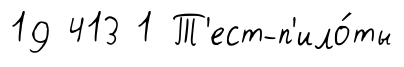
19 413 1 Т'ест-п'ило́ты